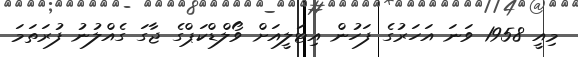
މިއީ 1958 ވަނަ އަހަރުގެ ފަހުން އިޓަލީއަށް ވޯލްޑްކަޕްގެ ޖާގަ ގެއްލުނު ފުރަތަމަ